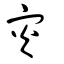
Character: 災